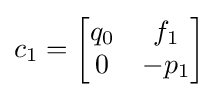
c_{1}={\begin{bmatrix}q_{0}&f_{1}\\0&-p_{1}\end{bmatrix}}